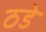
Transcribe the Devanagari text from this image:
ठडे